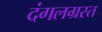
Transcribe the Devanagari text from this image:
दंगलग्रस्त